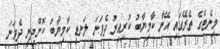
މިނެޓްގެ ތެރޭގައި އޭނާ ކާމިޔާބު ކުރިއިރު ދެވަނަ ލަނޑި ކާމިޔާބު ކޮށްދިނީ ދެވަނަ